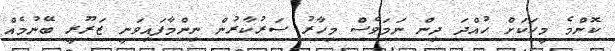
ކޮންމެ މީހަކަށް ހުއްދަ ދިން ނަމަވެސް މިހާރު ސަރުކާރުން ނިންމާފައިވަނީ ޒަރޫރީ ބޭނުމެއް